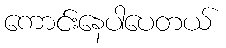
ကောင်းနေပါပေတယ်